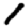
Digit: 1